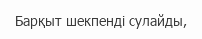
Барқыт шекпенді сулайды,